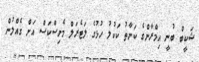
ޝަކީބް ބުނީ އިމްރާންގެ ކަނާތު ކަކުލު ހުޅުގެ ލަޓެރަލް މެނިސްކަސް އަށް ގެއްލުން